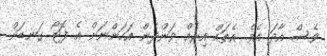
ވެސް އާދަ އެވެ. އެތައް އިރެއް ވަންދެން އަހަންނަށް އެ ފޮޓޯ ގަނޑަށް